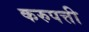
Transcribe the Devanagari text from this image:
करुपत्ती